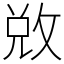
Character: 敚